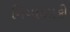
મિયાઝાકી